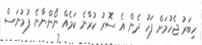
ހިބަރު ޖެހުމަށް ފަހު ދެން އެ ސޮރު ކުރާނެ ކަމެއް ނޯންނާނެ. ފުމުނަސް